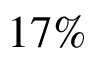
1 7 \%